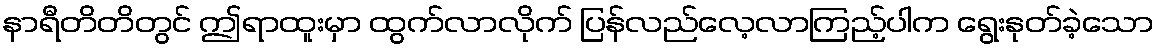
နာရီတိတိတွင် ဤရာထူးမှာ ထွက်လာလိုက် ပြန်လည်လေ့လာကြည့်ပါက ရွေးနုတ်ခဲ့သော